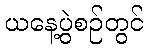
ယနေ့ပွဲစဉ်တွင်